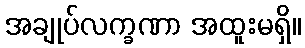
အချုပ်လက္ခဏာ အထူးမရှိ။